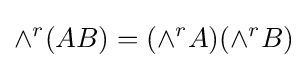
\wedge ^{r}(AB)=(\wedge ^{r}A)(\wedge ^{r}B)